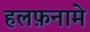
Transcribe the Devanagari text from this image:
हलफ़नामे